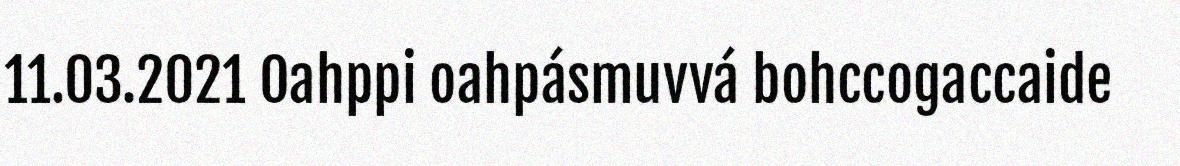
11.03.2021 Oahppi oahpásmuvvá bohccogaccaide